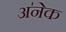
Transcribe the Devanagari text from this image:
अ॑नेक